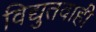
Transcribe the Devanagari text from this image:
विद्युतवाही